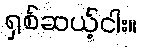
ရှစ်ဆယ့်ငါး။